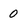
Character: 0